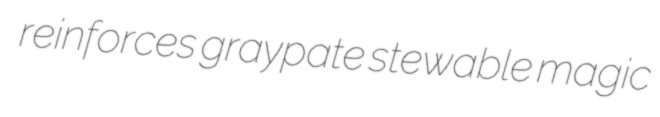
reinforces graypate stewable magic